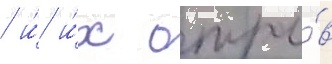
/ и́ и́х отры́в